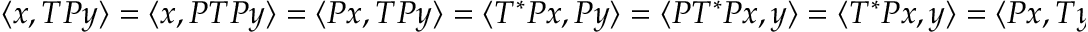
\langle x , T P y \rangle = \langle x , P T P y \rangle = \langle P x , T P y \rangle = \langle T ^ { * } P x , P y \rangle = \langle P T ^ { * } P x , y \rangle = \langle T ^ { * } P x , y \rangle = \langle P x , T y \rangle = \langle x , P T y \rangle